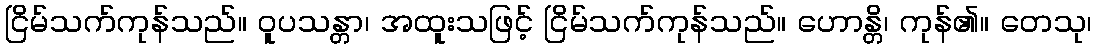
ငြိမ်သက်ကုန်သည်။ ဝူပသန္တာ၊ အထူးသဖြင့် ငြိမ်သက်ကုန်သည်။ ဟောန္တိ၊ ကုန်၏။ တေသု၊